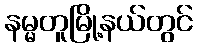
နမ္မတူမြို့နယ်တွင်